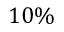
1 0 \%